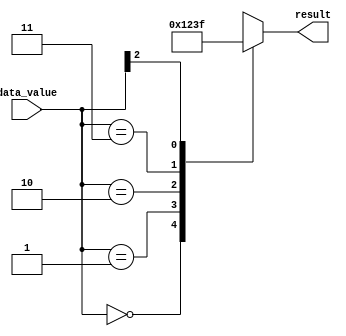
module casez_block (
    input [2:0] data_value,
    output reg [3:0] result
);

always @*
begin
    casez (data_value)
        3'b000: result = 4'b0000;
        3'b001: result = 4'b0001;
        3'b010: result = 4'b0010;
        3'b011: result = 4'b0011;
        3'b1??: result = 4'b1111;
        default: result = 4'bxxxx; // default action if no case matches
    endcase
end

endmodule